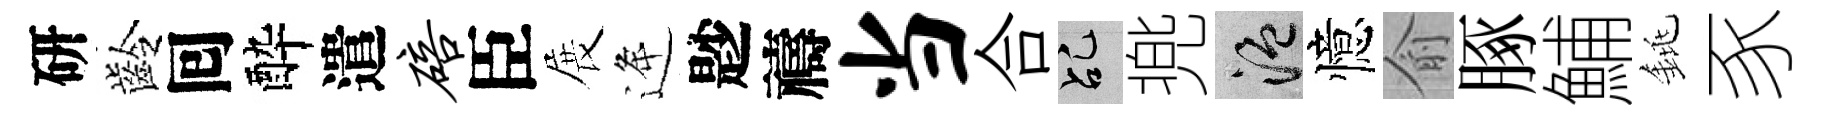
研齡囘酔遣碚臣展逄尟禱当合乩兠温憶俞䐁鯆銚豕